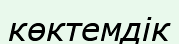
көктемдік